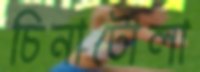
চিনাটোলা